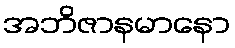
အဘိဇာနမာနော